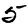
Digit: 5